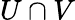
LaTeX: U\cap V